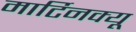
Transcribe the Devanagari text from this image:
मार्टिनक्यू